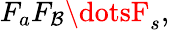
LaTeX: F_{a}F_{\mathcal{B}}\dotsF_{s},